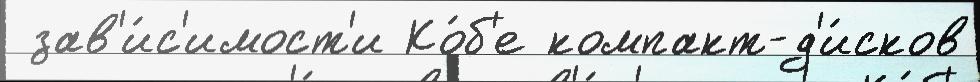
 зав'и́с'имост'и Ко́б'е компакт-д'и́сков